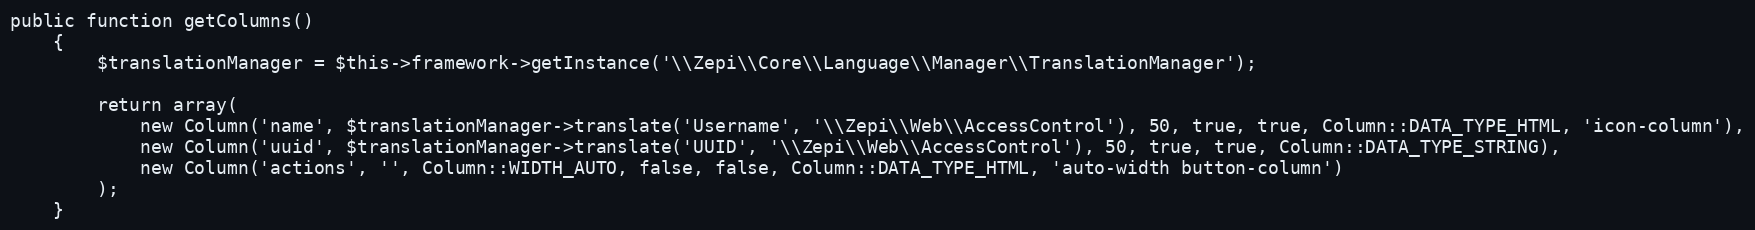
Language: PHP
public function getColumns()
    {
        $translationManager = $this->framework->getInstance('\\Zepi\\Core\\Language\\Manager\\TranslationManager');

        return array(
            new Column('name', $translationManager->translate('Username', '\\Zepi\\Web\\AccessControl'), 50, true, true, Column::DATA_TYPE_HTML, 'icon-column'),
            new Column('uuid', $translationManager->translate('UUID', '\\Zepi\\Web\\AccessControl'), 50, true, true, Column::DATA_TYPE_STRING),
            new Column('actions', '', Column::WIDTH_AUTO, false, false, Column::DATA_TYPE_HTML, 'auto-width button-column')
        );
    }